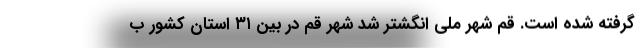
گرفته شده است. قم شهر ملی انگشتر شد شهر قم در بین ۳۱ استان کشور ب